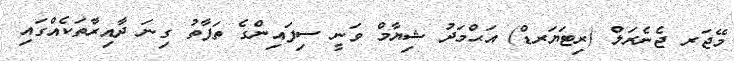
މޭޖަރ ޖެނެރަލް (ރިޓަޔަރޑް) އަޙްމަދު ޝިޔާމް ވަނީ ސިފައިންގެ ތަފާތު ގިނަ ދާއިރާތަކެއްގައި